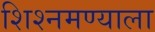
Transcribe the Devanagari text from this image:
शिश्नमण्याला